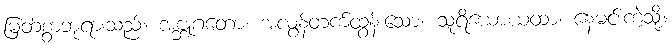
မြတ်စွာဘုရားသည်။ အဗ္ဘုဂတော၊ အလွန်တက်ထွန်းသော။ သူရိယောယထာ၊ နေမင်းကဲ့သို့။